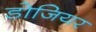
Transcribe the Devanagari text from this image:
डोजियर